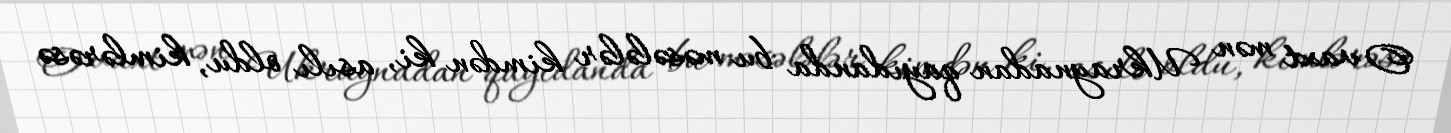
O vaxt mən Ukraynadan qayıdanda bu məsələlər kimdən ki, asılı oldu, kimlərəsə